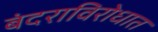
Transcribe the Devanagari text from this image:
बंदराविरोधात